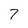
Character: 7